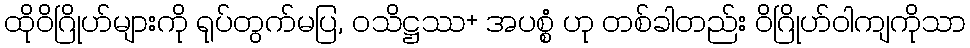
ထိုဝိဂြိုဟ်များကို ရုပ်တွက်မပြ, ဝသိဋ္ဌဿ+ အပစ္စံ ဟု တစ်ခါတည်း ဝိဂြိုဟ်ဝါကျကိုသာ